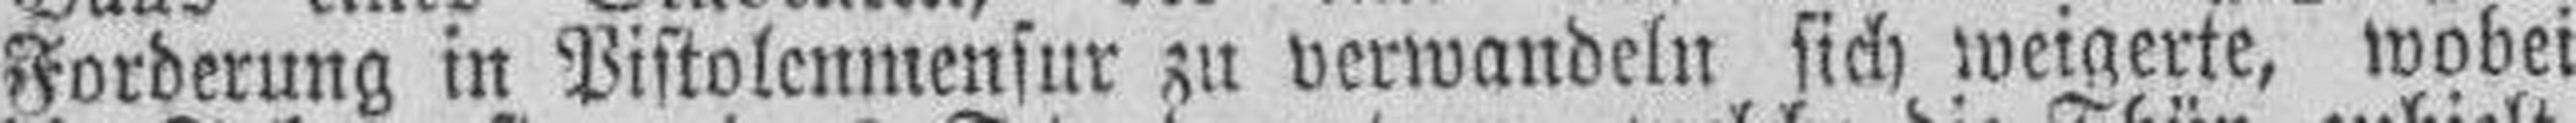
Forderung in Pistolenmensur zu verwandeln sich weigerte, wobei